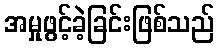
အမှုဖွင့်ခဲ့ခြင်းဖြစ်သည်